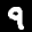
Label: 9